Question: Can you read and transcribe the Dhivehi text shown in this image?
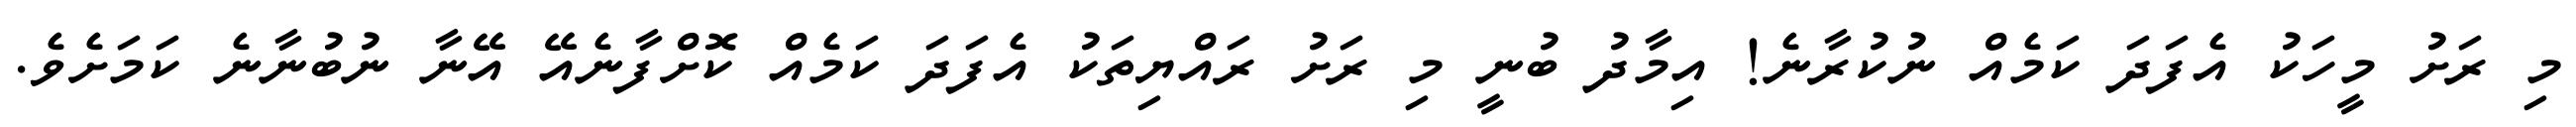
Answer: މި ރަށު މީހަކު އެފަދަ ކަމެއް ނުކުރާނެ! އިމާދު ބުނީ މި ރަށު ރައްޔިތަކު އެފަދަ ކަމެއް ކޮށްފާނެއޭ އޭނާ ނުބުނާނެ ކަމަށެވެ.